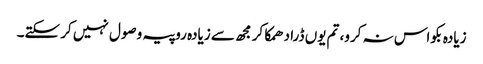
زیادہ بکواس نہ کرو، تم یوں ڈرا دھمکا کر مجھ سے زیادہ روپیہ وصول نہیں کر سکتے۔